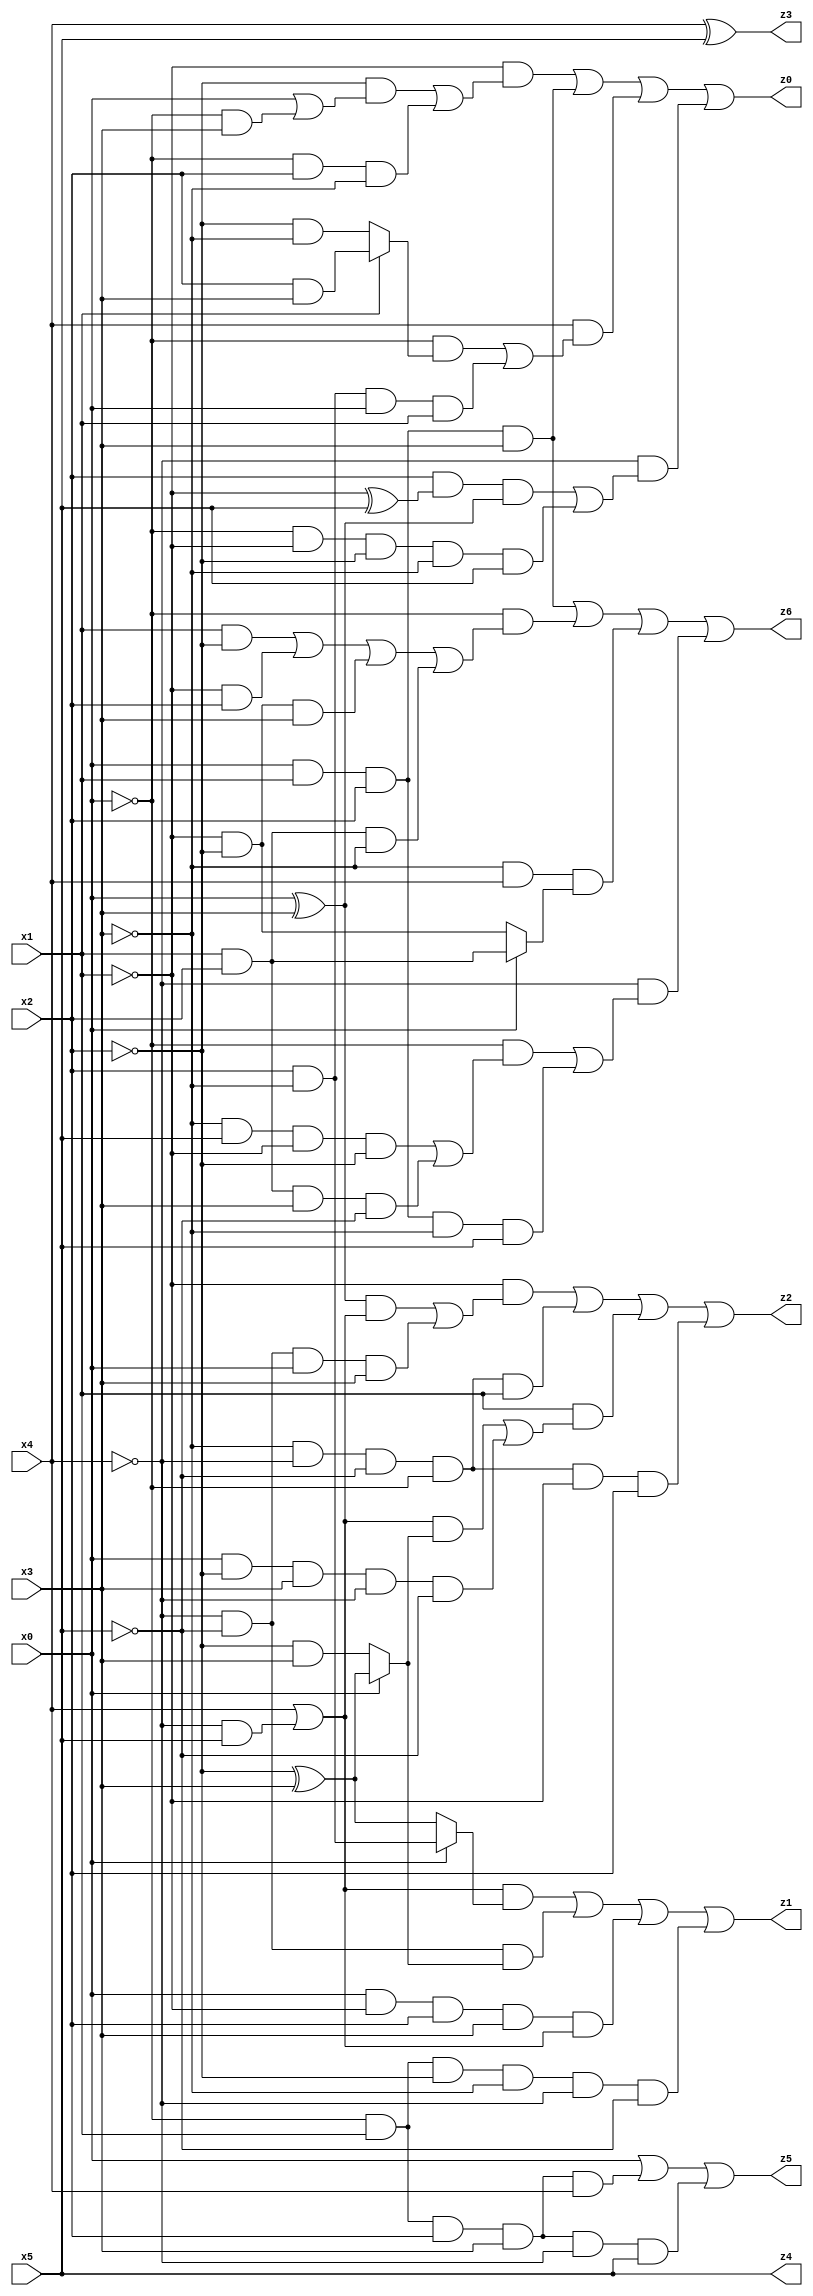
// Benchmark "X_13" written by ABC on Wed Jun 07 16:46:40 2023

module X_55 ( 
    x0, x1, x2, x3, x4, x5,
    z0, z1, z2, z3, z4, z5, z6  );
  input  x0, x1, x2, x3, x4, x5;
  output z0, z1, z2, z3, z4, z5, z6;
  assign z0 = (~x1 & ((~x2 & (x0 | (~x0 & x3))) | (~x0 & x2 & ~x3))) | (x0 & x1 & x2 & x3) | (x4 & ((~x0 & (x1 ? (x2 & x3) : (~x2 & ~x3))) | (x2 & ~x3 & x0 & x1))) | (~x4 & ((x2 & (~x1 ^ x5) & (x0 ^ x3)) | (~x0 & ~x1 & ~x2 & ~x3 & x5)));
  assign z1 = ((x4 | (~x4 & x5)) & (x0 ? (x2 & ~x3) : (~x2 ^ x3))) | (~x4 & ~x5 & (x0 ? (~x2 ^ x3) : (~x2 & x3))) | (x0 & ~x1 & x2 & x3 & (x4 | (~x4 & x5))) | (~x0 & x1 & ~x2 & ~x3 & ~x4 & ~x5);
  assign z2 = (~x1 & (((x0 ^ x3) & (x4 | (~x4 & x5))) | (~x4 & ~x5 & x0 & x3))) | (~x3 & ~x4 & ~x5 & ~x0 & x1) | (x1 & (((x4 | (~x4 & x5)) & (x0 ? (~x2 ^ x3) : (~x2 & x3))) | (x0 & ~x2 & x3 & ~x4 & ~x5))) | (~x3 & ~x4 & ~x5 & ~x0 & ~x1 & x2);
  assign z3 = x4 ^ x5;
  assign z4 = x5;
  assign z5 = x0 | (~x0 & x1 & x2 & x3 & x4) | (~x0 & x1 & x2 & x3 & ~x4 & x5);
  assign z6 = (x0 & x1 & x2 & x3) | (~x0 & ((x1 & ~x2) | (~x1 & x2) | (~x1 & ~x2 & x3) | (x1 & x2 & ~x3))) | (~x3 & x4 & (x0 ? (x1 & x2) : (~x1 & ~x2))) | (~x4 & ((~x0 & ((~x3 & x5 & ~x1 & ~x2) | (x1 & x2 & x3 & ~x5))) | (x0 & x1 & x2 & ~x3 & x5)));
endmodule